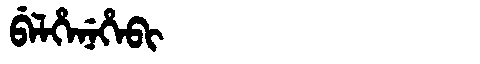
Manchu: ᠪᡝᠯᡥᡝᠨᡝᡥᡝᠪᡳ
Romanization: BELHENEHEBI